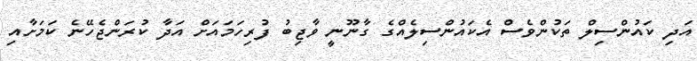
އަދި ކައުންސިލް ތަކުންވެސް އެކައުންސިލެެއްގެ ގާނޫނީ ވާޖިބު ފުރިހަމައަށް އަދާ ކުރަންޖެހޭނެ ކަމަށާއި